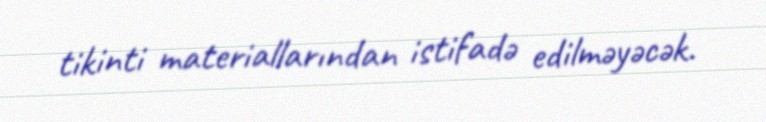
tikinti materiallarından istifadə edilməyəcək.